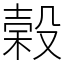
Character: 榖